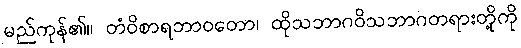
မည်ကုန်၏။ တံဝိစာရဘာဝတော၊ ထိုသဘာဂဝိသဘာဂတရားတို့ကို